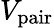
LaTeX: V_{\mathrm{pair}}